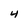
Character: 4